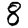
Digit: 8